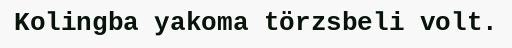
Kolingba yakoma törzsbeli volt.